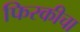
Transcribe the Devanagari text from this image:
फिरकीचा